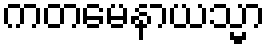
ကတမေနာယသ္မာ